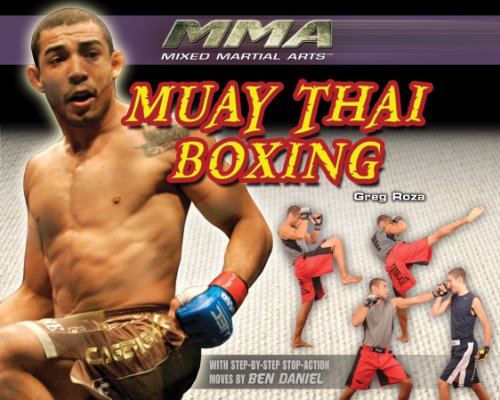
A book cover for Muay Thai Boxing (Mma: Mixed Martial Arts); Greg Roza; Sports & Outdoors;